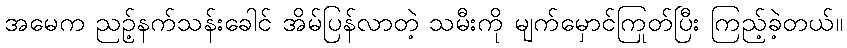
အမေက ညဥ့်နက်သန်းခေါင် အိမ်ပြန်လာတဲ့ သမီးကို မျက်မှောင်ကြုတ်ပြီး ကြည့်ခဲ့တယ်။